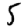
Digit: 5